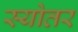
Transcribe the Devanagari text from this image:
स्योतर